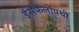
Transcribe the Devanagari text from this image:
इंसेफैलोपथी